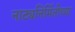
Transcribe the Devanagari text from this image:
नाट्यनिर्मितीच्या